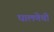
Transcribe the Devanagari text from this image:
घालणेची